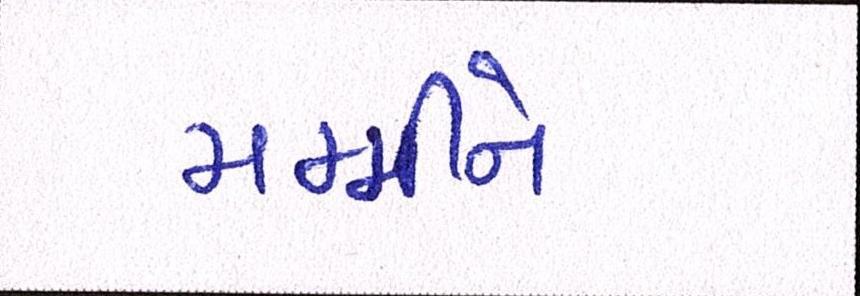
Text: મમ્મીને